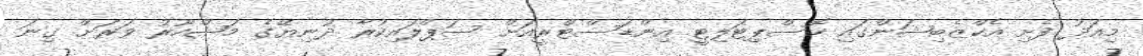
މިއަދު ފެށި އެކްޒެބިޝަންގައި ހޮސްޕިޓަލިޓީ އިންޑަސްޓްރީއަށް ސަޕްލައިކުރާ ދުނިޔޭގެ މަޝްހޫރު ވަރަށް ގިނަ